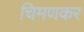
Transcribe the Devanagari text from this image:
चिमणकर